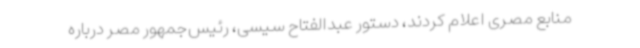
منابع مصری اعلام کردند، دستور عبدالفتاح سیسی، رئیس‌جمهور مصر درباره